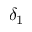
\delta _ { 1 }